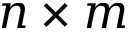
n \times m